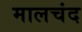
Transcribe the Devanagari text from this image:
मालचंद